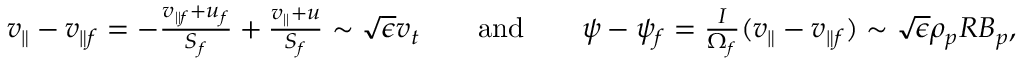
\begin{array} { r l r l r } { v _ { \parallel } - v _ { \parallel f } = - \frac { v _ { \parallel f } + u _ { f } } { S _ { f } } + \frac { v _ { \parallel } + u } { S _ { f } } \sim \sqrt { \epsilon } v _ { t } } & { } & { \mathrm { a n d } } & { } & { \psi - \psi _ { f } = \frac { I } { \Omega _ { f } } ( v _ { \parallel } - v _ { \parallel f } ) \sim \sqrt { \epsilon } \rho _ { p } R B _ { p } , } \end{array}